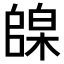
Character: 𪳦